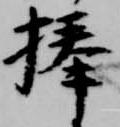
捧